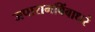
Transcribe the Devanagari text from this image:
जपारागबिंबाधरं